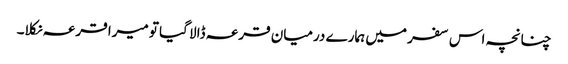
چنانچہ اس سفر میں ہمارے درمیان قرعہ ڈالا گیا تو میرا قرعہ نکلا۔